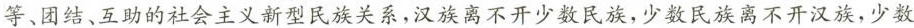
等、团结、互助的社会主义新型民族关系，汉族离不开少数民族，少数